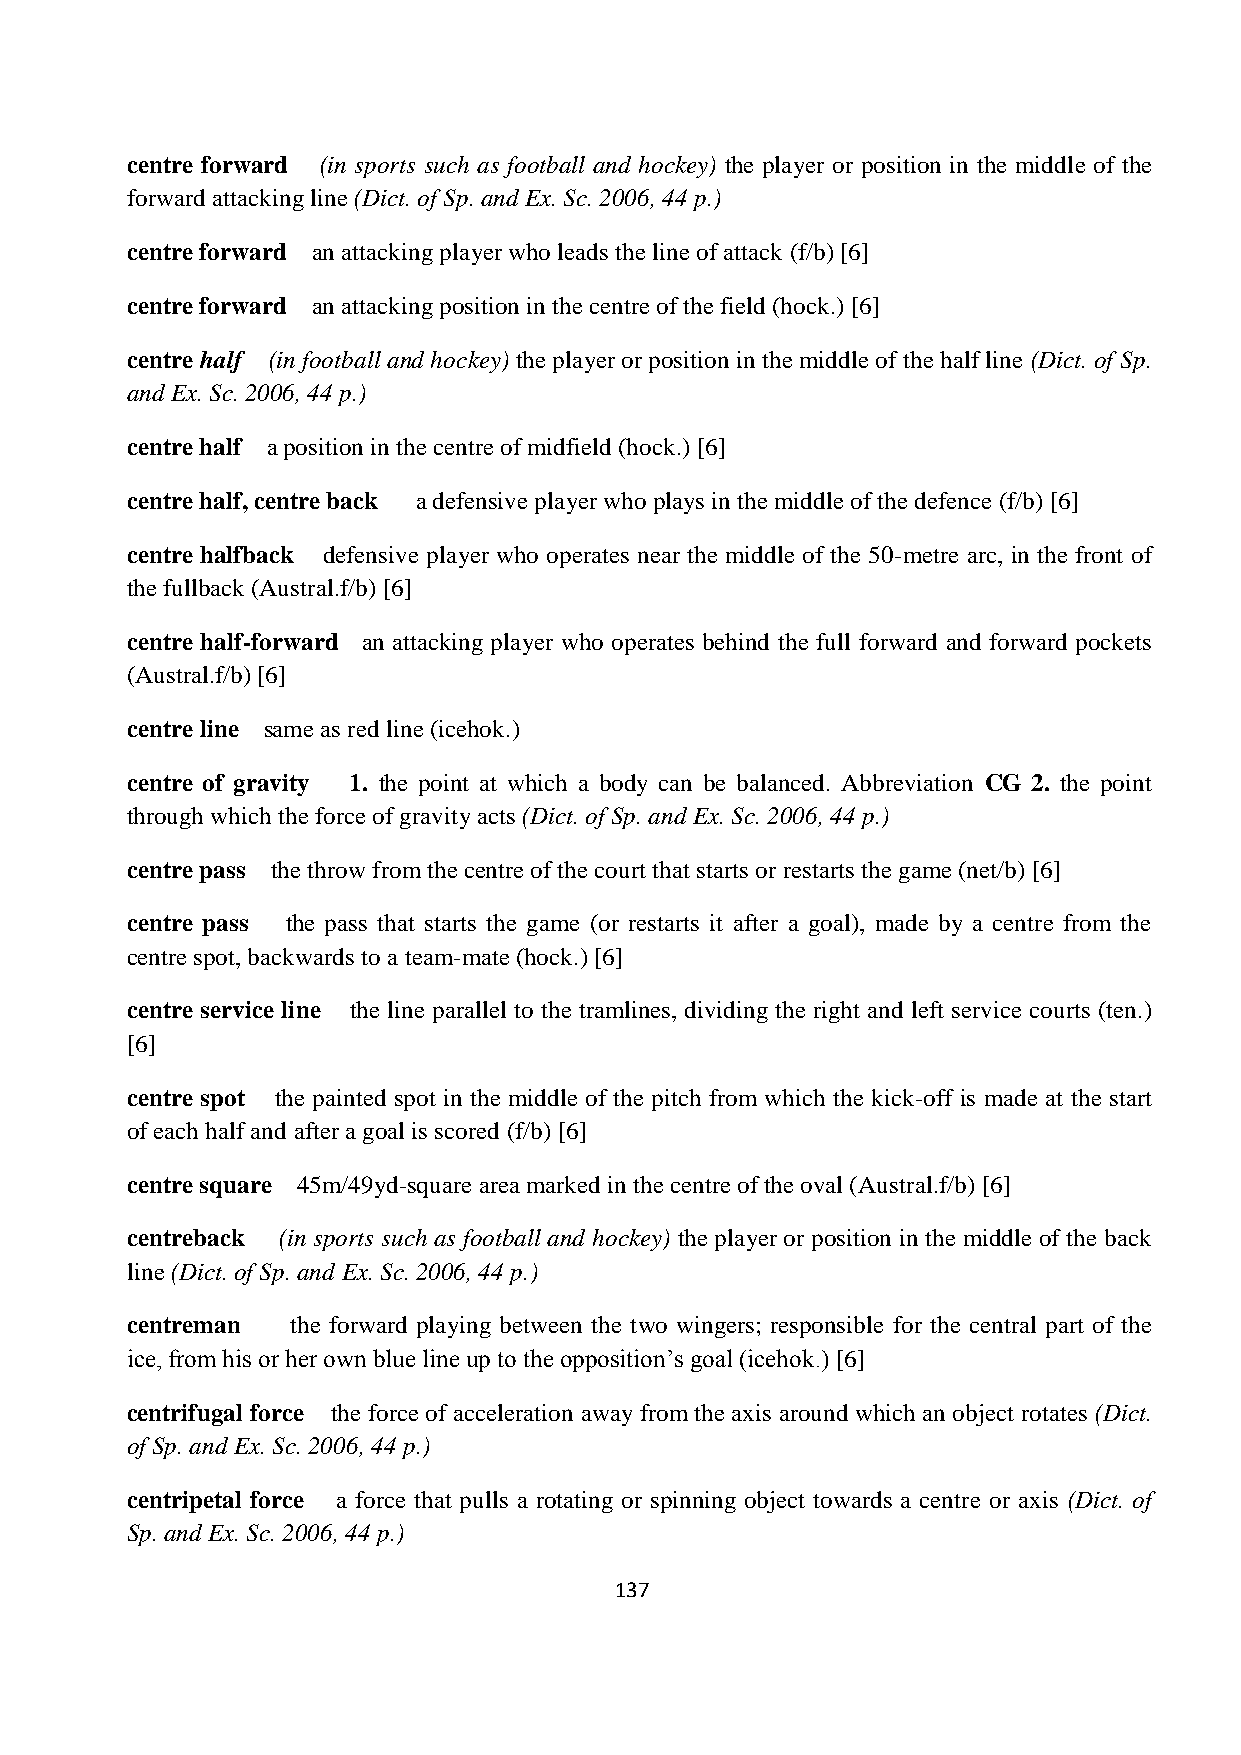
centre forward (in sports such as football and hockey) the player or position in the middle of the
 forward attacking line (Dict. of Sp. and Ex. Sc. 2006, 44 p.)
 centre forward an attacking player who leads the line of attack (f/b) [6]
 centre forward an attacking position in the centre of the field (hock.) [6]
 centre half (in football and hockey) the player or position in the middle of the half line (Dict. of Sp.
 and Ex. Sc. 2006, 44 p.)
 centre half a position in the centre of midfield (hock.) [6]
 centre half, centre back a defensive player who plays in the middle of the defence (f/b) [6]
 centre halfback defensive player who operates near the middle of the 50-metre arc, in the front of
 the fullback (Austral.f/b) [6]
 centre half-forward an attacking player who operates behind the full forward and forward pockets
 (Austral.f/b) [6]
 centre line same as red line (icehok.)
 centre of gravity 1. the point at which a body can be balanced. Abbreviation CG 2. the point
 through which the force of gravity acts (Dict. of Sp. and Ex. Sc. 2006, 44 p.)
 centre pass the throw from the centre of the court that starts or restarts the game (net/b) [6]
 centre pass the pass that starts the game (or restarts it after a goal), made by a centre from the
 centre spot, backwards to a team-mate (hock.) [6]
 centre service line the line parallel to the tramlines, dividing the right and left service courts (ten.)
 [6]
 centre spot the painted spot in the middle of the pitch from which the kick-off is made at the start
 of each half and after a goal is scored (f/b) [6]
 centre square 45m/49yd-square area marked in the centre of the oval (Austral.f/b) [6]
 centreback (in sports such as football and hockey) the player or position in the middle of the back
 line (Dict. of Sp. and Ex. Sc. 2006, 44 p.)
 centreman  the forward playing between the two wingers; responsible for the central part of the
 ice, from his or her own blue line up to the opposition’s goal (icehok.) [6]
 centrifugal force the force of acceleration away from the axis around which an object rotates (Dict.
 of Sp. and Ex. Sc. 2006, 44 p.)
 centripetal force a force that pulls a rotating or spinning object towards a centre or axis (Dict. of
 Sp. and Ex. Sc. 2006, 44 p.)
 137